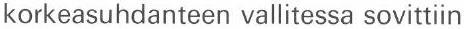
korkeasuhdanteen vallitessa sovittiin